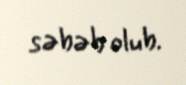
səbəb olub.